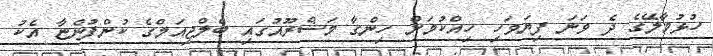
ހުޅުމާލޭގެ ދެ ވަނަ ފިޔަވަހި ހިއްކުމަށް ހިންގާ މަޝްރޫއުގައި ބެލްޖިއަމްގެ ކުންފުންޏާ އެކު